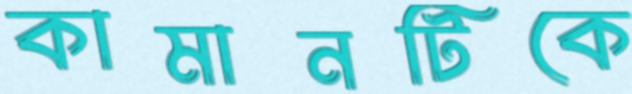
কামানটিকে